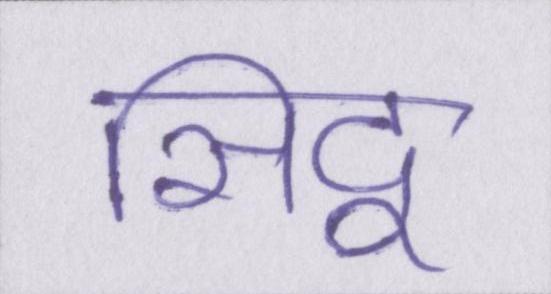
सिद्व